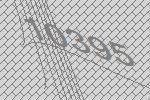
10395